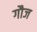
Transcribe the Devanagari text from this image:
गौज